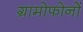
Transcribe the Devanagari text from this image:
ग्रामोफोनों